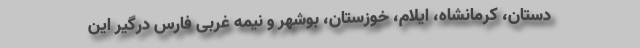
دستان، کرمانشاه، ایلام، خوزستان، بوشهر و نیمه غربی فارس درگیر این